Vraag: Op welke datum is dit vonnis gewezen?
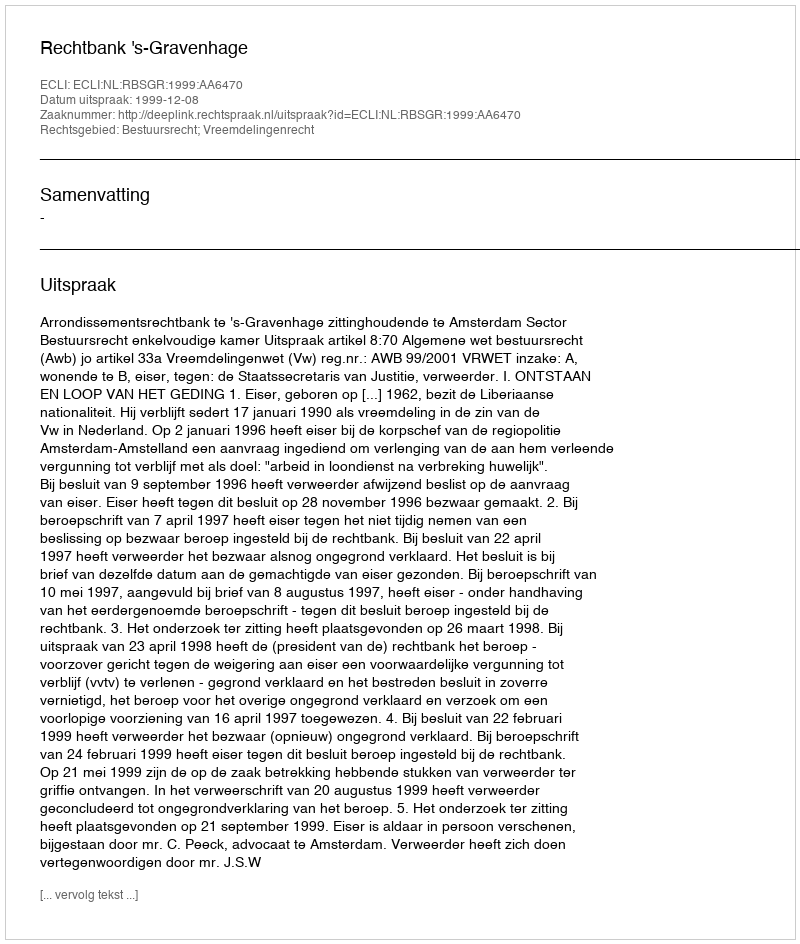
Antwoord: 1999-12-08